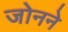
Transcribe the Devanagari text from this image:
जोनने